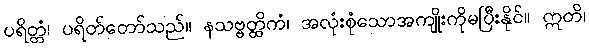
ပရိတ္တံ၊ ပရိတ်တော်သည်။ နသဗ္ဗတ္ထိကံ၊ အလုံးစုံသောအကျိုးကိုမပြီးနိုင်။ ဣတိ၊